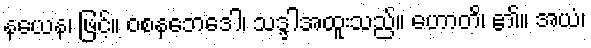
နယေန၊ ဖြင့်။ ဝစနဘေဒေါ၊ သဒ္ဒါအထူးသည်။ ဟောတိ၊ ၏။ အယံ၊